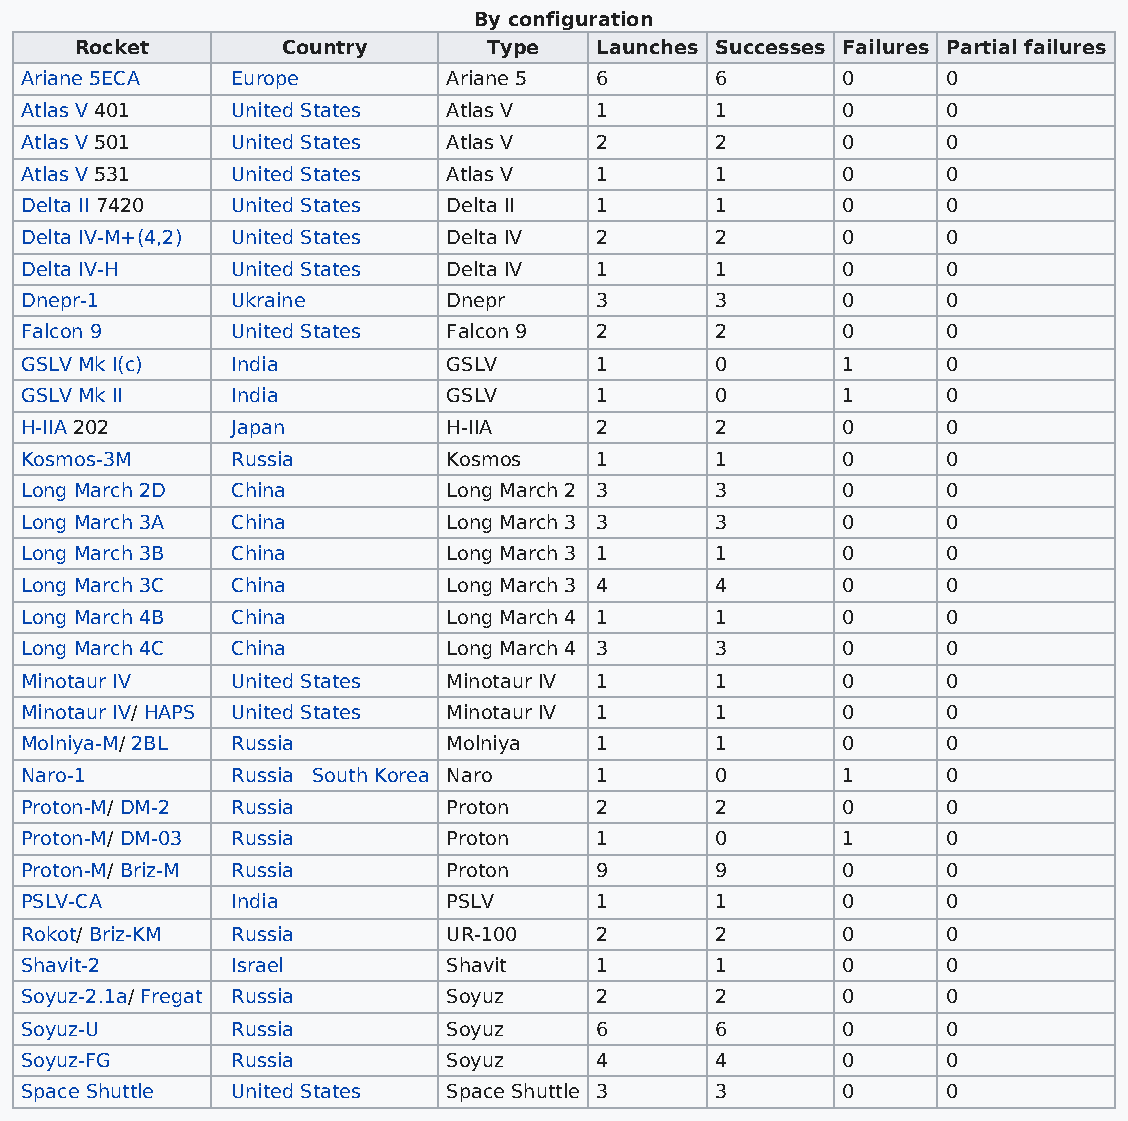
By configuration
 Rocket        Country      Type   Launches Successes Failures Partial failures
 Ariane 5ECA   Europe         Ariane 5 6       6        0      0
 Atlas V 401   United States  Atlas V  1       1        0      0
 Atlas V 501   United States  Atlas V  2       2        0      0
 Atlas V 531   United States  Atlas V  1       1        0      0
 Delta II 7420 United States  Delta II 1       1        0      0
 Delta IV-M+(4,2) United States Delta IV 2     2        0      0
 Delta IV-H    United States  Delta IV 1       1        0      0
 Dnepr-1       Ukraine        Dnepr    3       3        0      0
 Falcon 9      United States  Falcon 9 2       2        0      0
 GSLV Mk I(c)  India          GSLV     1       0        1      0
 GSLV Mk II    India          GSLV     1       0        1      0
 H-IIA 202     Japan          H-IIA    2       2        0      0
 Kosmos-3M     Russia         Kosmos   1       1        0      0
 Long March 2D China          Long March 2 3   3        0      0
 Long March 3A China          Long March 3 3   3        0      0
 Long March 3B China          Long March 3 1   1        0      0
 Long March 3C China          Long March 3 4   4        0      0
 Long March 4B China          Long March 4 1   1        0      0
 Long March 4C China          Long March 4 3   3        0      0
 Minotaur IV   United States  Minotaur IV 1    1        0      0
 Minotaur IV/ HAPS United States Minotaur IV 1 1        0      0
 Molniya-M/ 2BL Russia        Molniya  1       1        0      0
 Naro-1        Russia South Korea Naro 1       0        1      0
 Proton-M/ DM-2 Russia        Proton   2       2        0      0
 Proton-M/ DM-03 Russia       Proton   1       0        1      0
 Proton-M/ Briz-M Russia      Proton   9       9        0      0
 PSLV-CA       India          PSLV     1       1        0      0
 Rokot/ Briz-KM Russia        UR-100   2       2        0      0
 Shavit-2      Israel         Shavit   1       1        0      0
 Soyuz-2.1a/ Fregat Russia    Soyuz    2       2        0      0
 Soyuz-U       Russia         Soyuz    6       6        0      0
 Soyuz-FG      Russia         Soyuz    4       4        0      0
 Space Shuttle United States  Space Shuttle 3  3        0      0